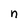
Character: n